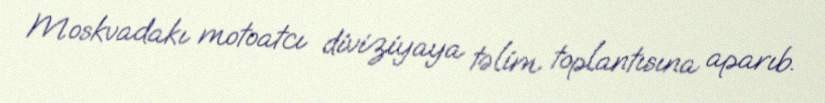
Moskvadakı motoatcı diviziyaya təlim toplantısına aparıb.